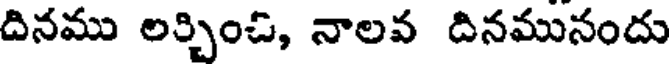
దినము లర్చించి, నాలవ దినమునందు